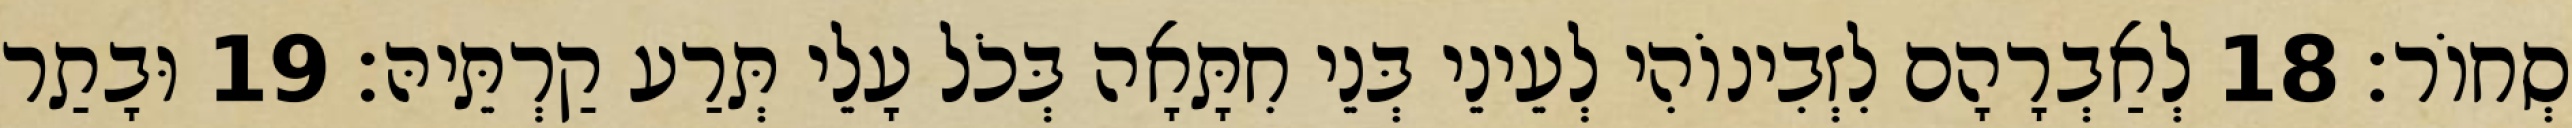
סְחוֹר׃ 18 לְאַבְרָהָם לִזְבִינוֹהִי לְעֵינֵי בְּנֵי חִתָּאָה בְּכֹל עָלֵי תְּרַע קַרְתֵּיהּ׃ 19 וּבָתַר